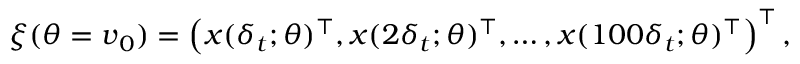
\ensuremath { \boldsymbol { \xi } } ( \theta = \ensuremath { \boldsymbol { v } } _ { 0 } ) = \left( \ensuremath { \boldsymbol { x } } ( \delta _ { t } ; \theta ) ^ { \top } , \ensuremath { \boldsymbol { x } } ( 2 \delta _ { t } ; \theta ) ^ { \top } , \dots , \ensuremath { \boldsymbol { x } } ( 1 0 0 \delta _ { t } ; \theta ) ^ { \top } \right) ^ { \top } ,